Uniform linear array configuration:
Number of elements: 64
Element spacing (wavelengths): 0.75
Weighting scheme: hamming
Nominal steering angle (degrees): -45
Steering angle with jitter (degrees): -44.53
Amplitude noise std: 0.05
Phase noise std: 0.05

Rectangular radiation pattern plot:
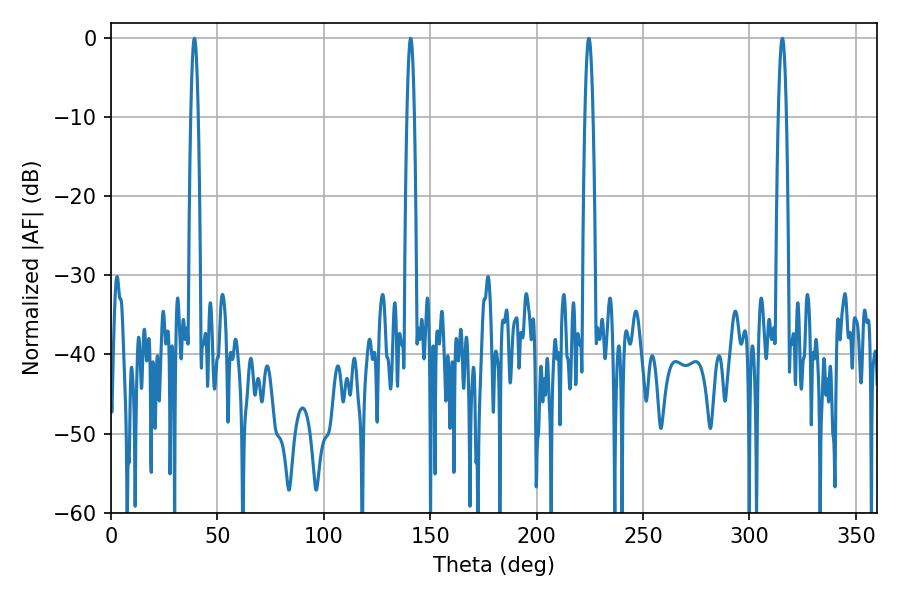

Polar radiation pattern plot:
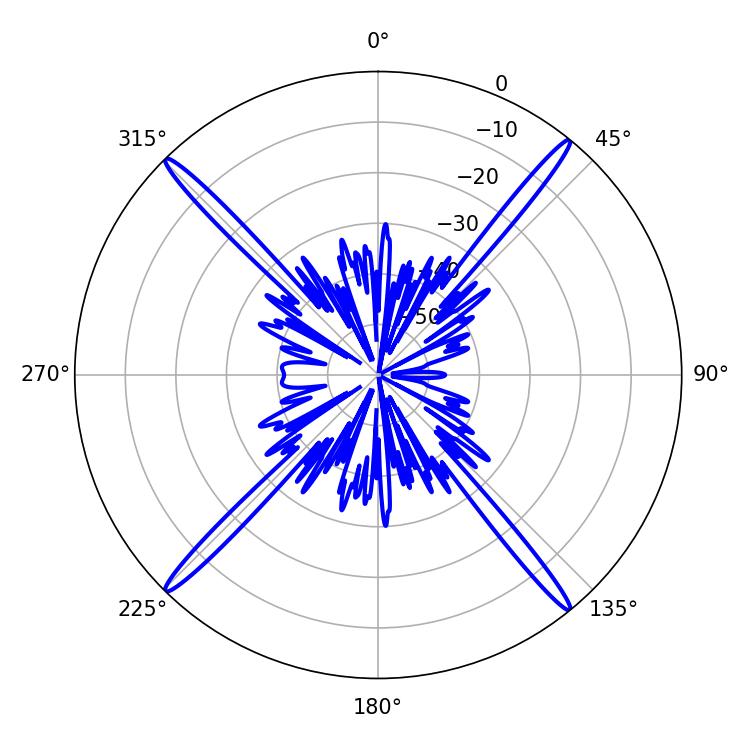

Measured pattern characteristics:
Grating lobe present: TRUE
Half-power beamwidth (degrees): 1.8
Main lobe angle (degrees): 39.24